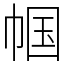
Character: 帼